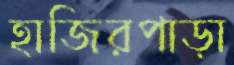
হাজিরপাড়া